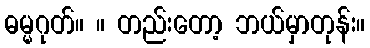
ဓမ္မဂုတ်။ ။ တည်းတော့ ဘယ်မှာတုန်း။